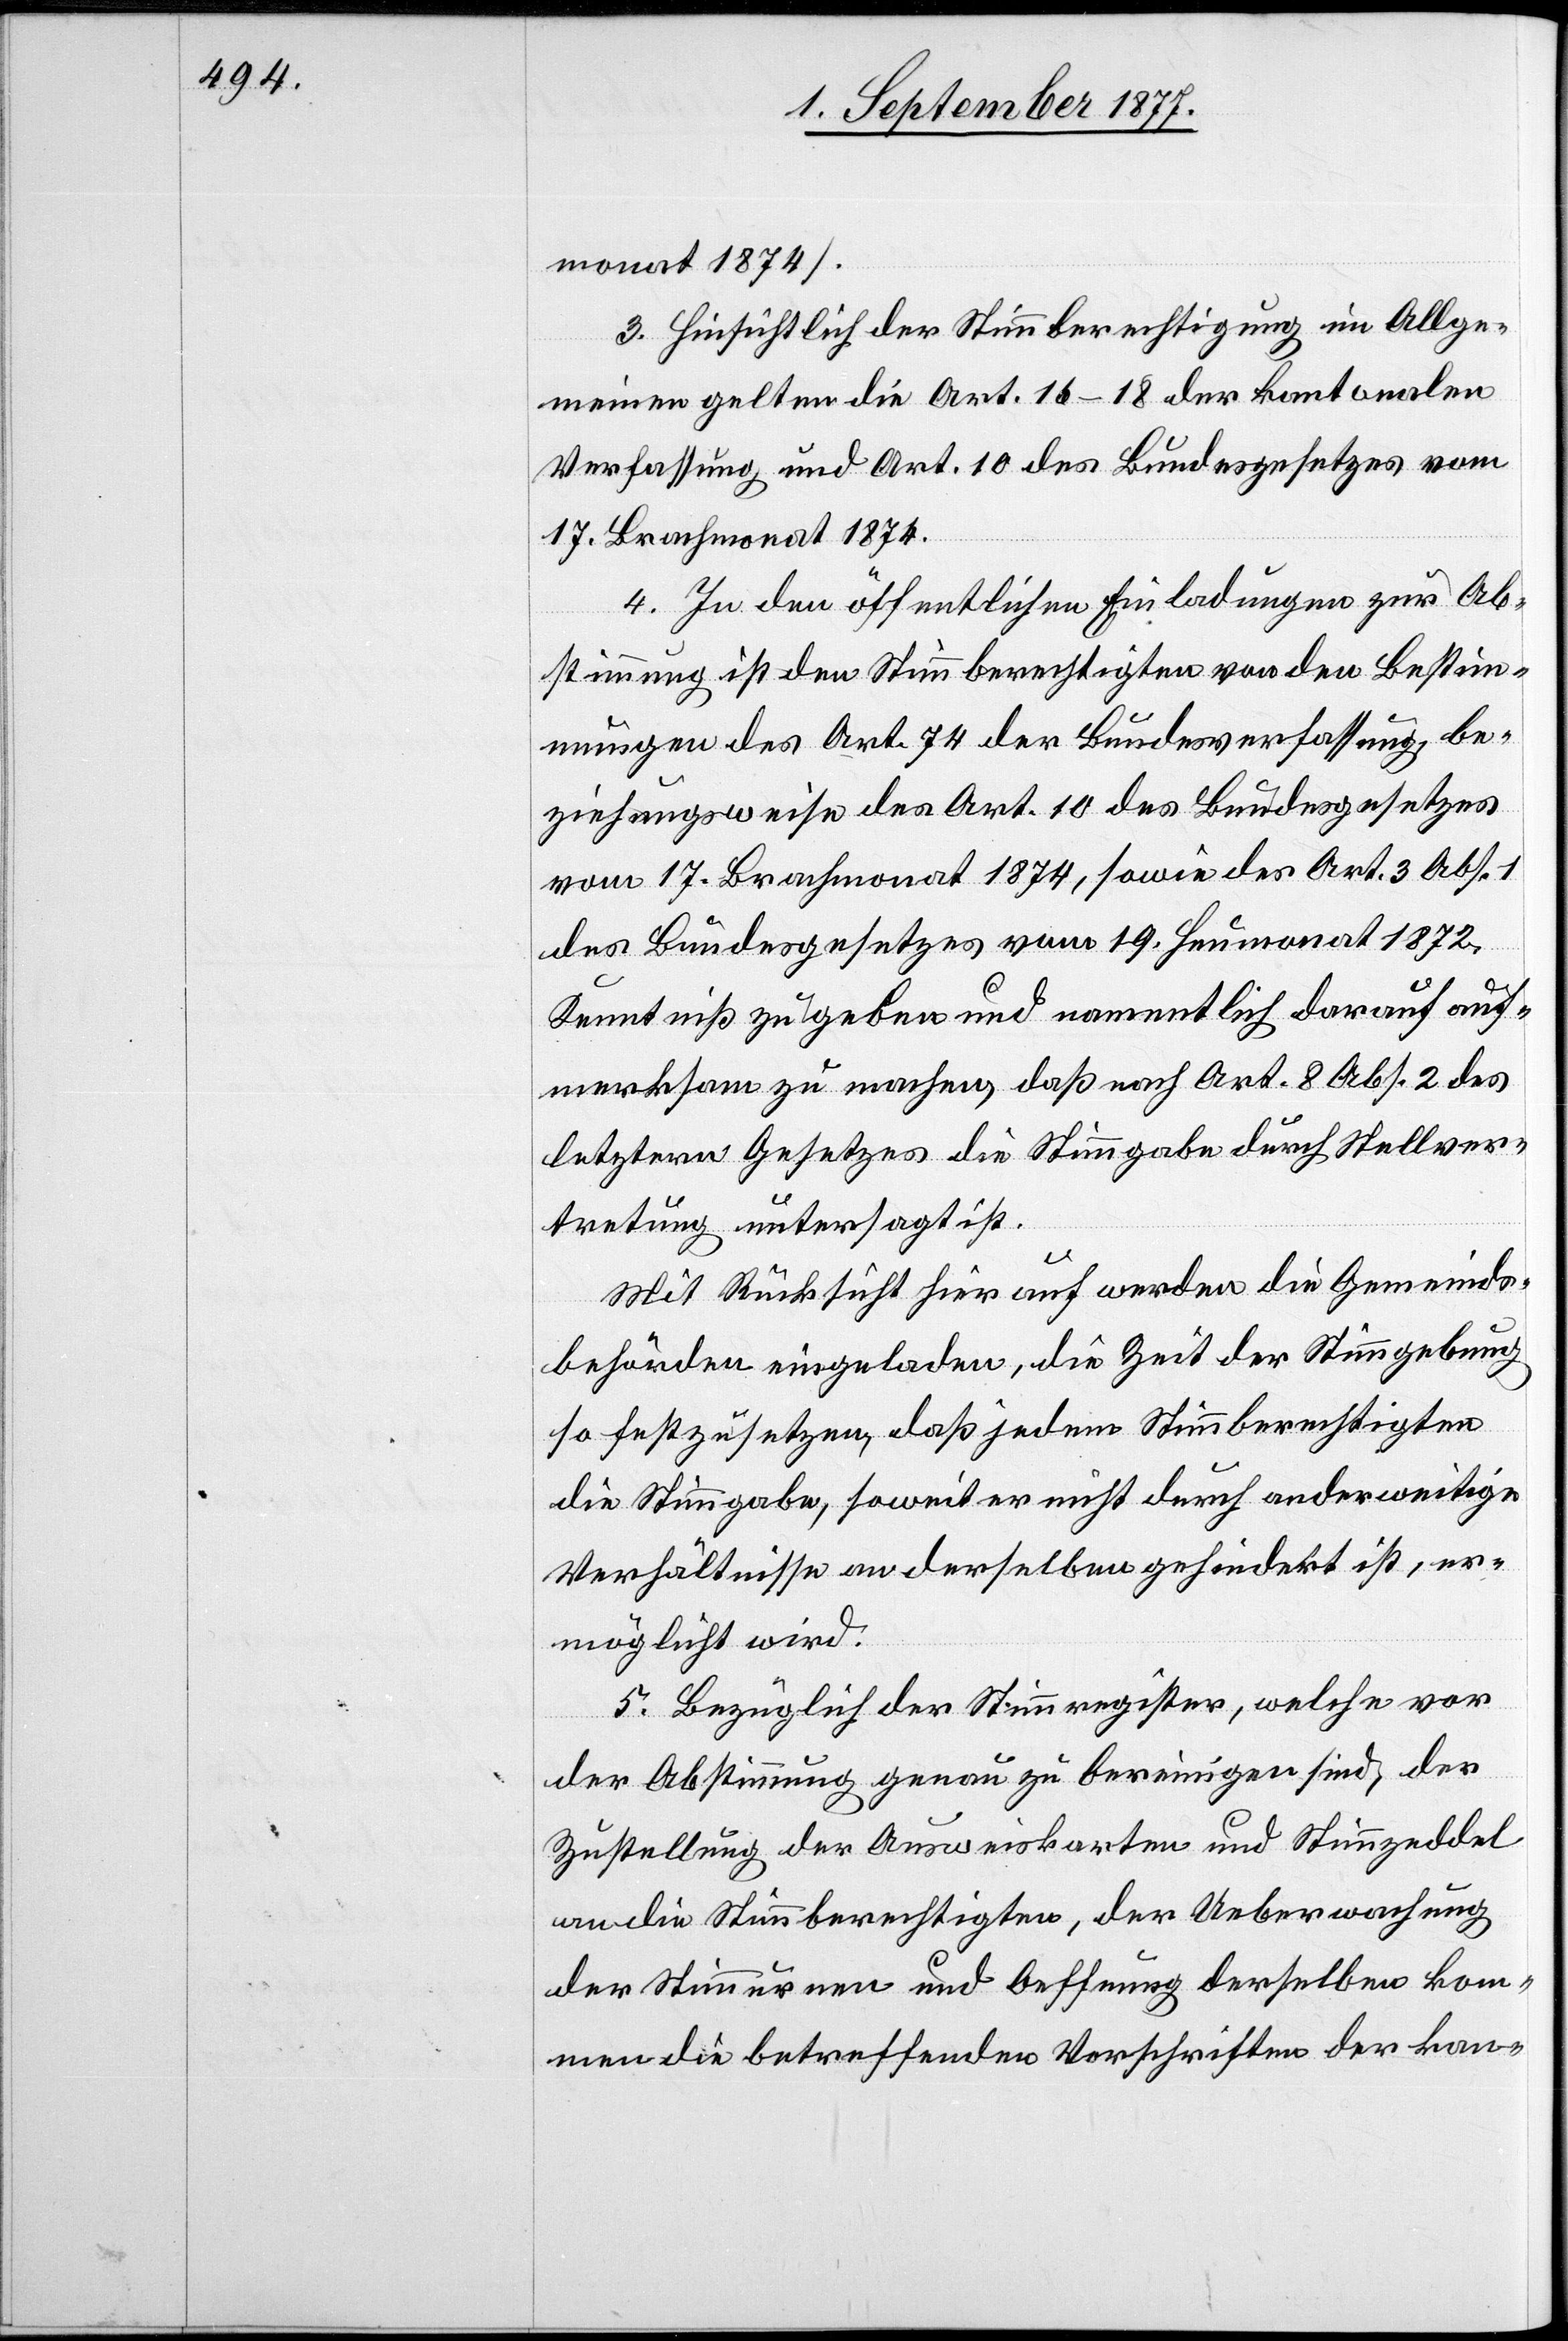
monat 1874].
3. Hinsichtlich der Stimmberechtigung im Allge¬
meinen gelten die Art. 16–18 der kantonalen
Verfassung und Art. 10 des Bundesgesetzes vom
17. Brachmonat 1874.
4. In den öffentlichen Einladungen zur Ab¬
stimmung ist den Stimmberechtigten von den Bestim¬
mungen des Art. 74 der Bundesverfassung, be¬
ziehungsweise des Art. 10 des Bundesgesetzes
vom 17. Brachmonat 1874, sowie des Art. 3 Abs.
des Bundesgesetzes vom 19. Heumonat 1872,
Kenntniß zu geben und namentlich darauf auf¬
merksam zu machen, daß nach Art. 8 Abs. 2 des
letztern Gesetzes die Stimmgabe durch Stellver¬
tretung untersagt ist.
Mit Rücksicht hier auf werden die Gemeinds¬
behörden eingeladen, die Zeit der Stimmgebung
so festzusetzen, daß jedem Stimmberechtigten
die Stimmgabe, soweit er nicht durch anderweitige
Verhältnisse an derselben gehindert ist, er¬
möglicht wird.
5. Bezüglich der Stimmregister, welche vor
der Abstimmung genau zu bereinigen sind, der
Zustellung der Ausweiskarten und Stimmzeddel
an die Stimmberechtigten, der Ueberwachung
der Stimmurnen und Oeffnung derselben kom¬
men die betreffenden Vorschriften der kan-